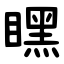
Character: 䁫